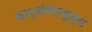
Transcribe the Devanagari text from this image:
कार्बोनेटयुक्त